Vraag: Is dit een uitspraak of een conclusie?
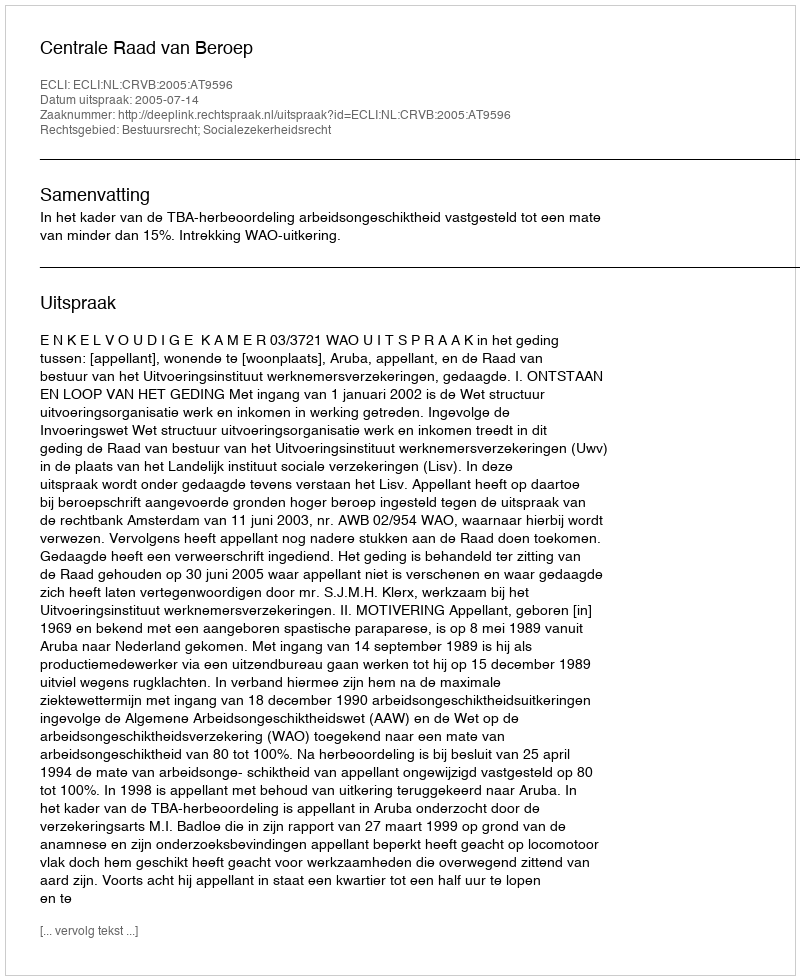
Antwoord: Uitspraak